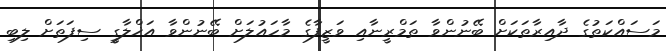
މަސައްކަތުގެ ދާއިރާތަކަށް ބޭނުންވާ ތަމްރީނާއި ވަޒީފާގެ މާހައުލަށް ބޭނުންވާ އަޚްލާގީ ސިފަތަށް ލިބި